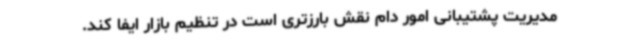
مدیریت پشتیبانی امور دام نقش بارزتری است در تنظیم بازار ایفا کند.